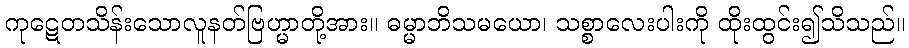
ကုဋေတသိန်းသောလူနတ်ဗြဟ္မာတို့အား။ ဓမ္မာဘိသမယော၊ သစ္စာလေးပါးကို ထိုးထွင်း၍သိသည်။